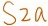
Text: S2a